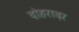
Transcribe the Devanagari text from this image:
दोहरादर